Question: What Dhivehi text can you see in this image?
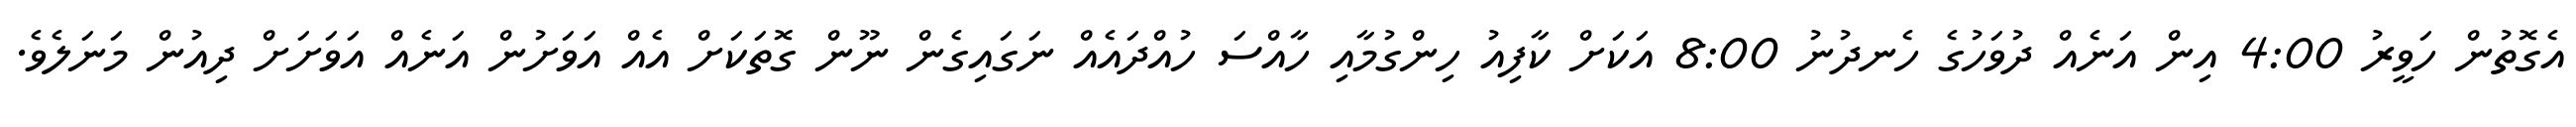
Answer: އެގޮތުން ހަވީރު 4:00 އިން އަނެއް ދުވަހުގެ ހެނދުނު 8:00 އަކަށް ކާފިއު ހިންގުމާއި ހާއްސަ ހުއްދައެއް ނަގައިގެން ނޫން ގޮތަކަށް އެއް އަވަށުން އަނެއް އަވަށަށް ދިއުން މަނަލެވެ.